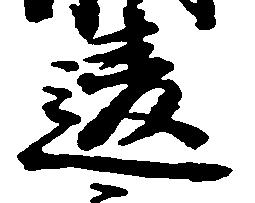
違